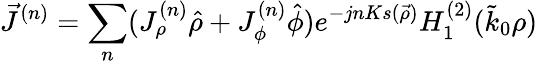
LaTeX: \vec{J}^{(n)}=\sum_{n}(J_{\rho}^{(n)}\hat{\rho}+J_{\phi}^{(n)}\hat{\phi})e^{-jnKs(\vec{\rho})}H_{1}^{(2)}(\tilde{k}_{0}\rho)